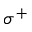
\sigma ^ { + }